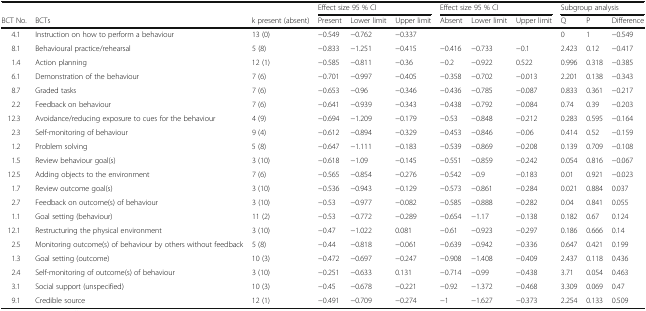
<table><thead><tr><td></td><td></td><td></td><td colspan="3"><b>Effect size 95 % CI</b></td><td colspan="3"><b>Effect size 95 % CI</b></td><td colspan="3"><b>Subgroup analysis</b></td></tr><tr><td><b>BCT No.</b></td><td><b>BCTs</b></td><td><b>k present (absent)</b></td><td><b>Present</b></td><td><b>Lower limit</b></td><td><b>Upper limit</b></td><td><b>Absent</b></td><td><b>Lower limit</b></td><td><b>Upper limit</b></td><td><b>Q</b></td><td><b>P</b></td><td><b>Difference</b></td></tr></thead><tbody><tr><td>4.1</td><td>Instruction on how to perform a behaviour</td><td>13 (0)</td><td>−0.549</td><td>−0.762</td><td>−0.337</td><td></td><td></td><td></td><td>0</td><td>1</td><td>−0.549</td></tr><tr><td>8.1</td><td>Behavioural practice/rehearsal</td><td>5 (8)</td><td>−0.833</td><td>−1.251</td><td>−0.415</td><td>−0.416</td><td>−0.733</td><td>−0.1</td><td>2.423</td><td>0.12</td><td>−0.417</td></tr><tr><td>1.4</td><td>Action planning</td><td>12 (1)</td><td>−0.585</td><td>−0.811</td><td>−0.36</td><td>−0.2</td><td>−0.922</td><td>0.522</td><td>0.996</td><td>0.318</td><td>−0.385</td></tr><tr><td>6.1</td><td>Demonstration of the behaviour</td><td>7 (6)</td><td>−0.701</td><td>−0.997</td><td>−0.405</td><td>−0.358</td><td>−0.702</td><td>−0.013</td><td>2.201</td><td>0.138</td><td>−0.343</td></tr><tr><td>8.7</td><td>Graded tasks</td><td>7 (6)</td><td>−0.653</td><td>−0.96</td><td>−0.346</td><td>−0.436</td><td>−0.785</td><td>−0.087</td><td>0.833</td><td>0.361</td><td>−0.217</td></tr><tr><td>2.2</td><td>Feedback on behaviour</td><td>7 (6)</td><td>−0.641</td><td>−0.939</td><td>−0.343</td><td>−0.438</td><td>−0.792</td><td>−0.084</td><td>0.74</td><td>0.39</td><td>−0.203</td></tr><tr><td>12.3</td><td>Avoidance/reducing exposure to cues for the behaviour</td><td>4 (9)</td><td>−0.694</td><td>−1.209</td><td>−0.179</td><td>−0.53</td><td>−0.848</td><td>−0.212</td><td>0.283</td><td>0.595</td><td>−0.164</td></tr><tr><td>2.3</td><td>Self-monitoring of behaviour</td><td>9 (4)</td><td>−0.612</td><td>−0.894</td><td>−0.329</td><td>−0.453</td><td>−0.846</td><td>−0.06</td><td>0.414</td><td>0.52</td><td>−0.159</td></tr><tr><td>1.2</td><td>Problem solving</td><td>5 (8)</td><td>−0.647</td><td>−1.111</td><td>−0.183</td><td>−0.539</td><td>−0.869</td><td>−0.208</td><td>0.139</td><td>0.709</td><td>−0.108</td></tr><tr><td>1.5</td><td>Review behaviour goal(s)</td><td>3 (10)</td><td>−0.618</td><td>−1.09</td><td>−0.145</td><td>−0.551</td><td>−0.859</td><td>−0.242</td><td>0.054</td><td>0.816</td><td>−0.067</td></tr><tr><td>12.5</td><td>Adding objects to the environment</td><td>7 (6)</td><td>−0.565</td><td>−0.854</td><td>−0.276</td><td>−0.542</td><td>−0.9</td><td>−0.183</td><td>0.01</td><td>0.921</td><td>−0.023</td></tr><tr><td>1.7</td><td>Review outcome goal(s)</td><td>3 (10)</td><td>−0.536</td><td>−0.943</td><td>−0.129</td><td>−0.573</td><td>−0.861</td><td>−0.284</td><td>0.021</td><td>0.884</td><td>0.037</td></tr><tr><td>2.7</td><td>Feedback on outcome(s) of behaviour</td><td>3 (10)</td><td>−0.53</td><td>−0.977</td><td>−0.082</td><td>−0.585</td><td>−0.888</td><td>−0.282</td><td>0.04</td><td>0.841</td><td>0.055</td></tr><tr><td>1.1</td><td>Goal setting (behaviour)</td><td>11 (2)</td><td>−0.53</td><td>−0.772</td><td>−0.289</td><td>−0.654</td><td>−1.17</td><td>−0.138</td><td>0.182</td><td>0.67</td><td>0.124</td></tr><tr><td>12.1</td><td>Restructuring the physical environment</td><td>3 (10)</td><td>−0.47</td><td>−1.022</td><td>0.081</td><td>−0.61</td><td>−0.923</td><td>−0.297</td><td>0.186</td><td>0.666</td><td>0.14</td></tr><tr><td>2.5</td><td>Monitoring outcome(s) of behaviour by others without feedback</td><td>5 (8)</td><td>−0.44</td><td>−0.818</td><td>−0.061</td><td>−0.639</td><td>−0.942</td><td>−0.336</td><td>0.647</td><td>0.421</td><td>0.199</td></tr><tr><td>1.3</td><td>Goal setting (outcome)</td><td>10 (3)</td><td>−0.472</td><td>−0.697</td><td>−0.247</td><td>−0.908</td><td>−1.408</td><td>−0.409</td><td>2.437</td><td>0.118</td><td>0.436</td></tr><tr><td>2.4</td><td>Self-monitoring of outcome(s) of behaviour</td><td>3 (10)</td><td>−0.251</td><td>−0.633</td><td>0.131</td><td>−0.714</td><td>−0.99</td><td>−0.438</td><td>3.71</td><td>0.054</td><td>0.463</td></tr><tr><td>3.1</td><td>Social support (unspecified)</td><td>10 (3)</td><td>−0.45</td><td>−0.678</td><td>−0.221</td><td>−0.92</td><td>−1.372</td><td>−0.468</td><td>3.309</td><td>0.069</td><td>0.47</td></tr><tr><td>9.1</td><td>Credible source</td><td>12 (1)</td><td>−0.491</td><td>−0.709</td><td>−0.274</td><td>−1</td><td>−1.627</td><td>−0.373</td><td>2.254</td><td>0.133</td><td>0.509</td></tr></tbody></table>